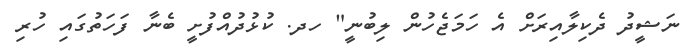
ނަޝީދު ދެކިލާއިރަށް އެ ހަމަޖެހުން ލިބުނީ" ހދ. ކުޅުދުއްފުށީ ބެނާ ފަހަތުގައި ހުރި